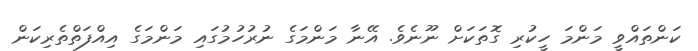
ކަންތައްވީ މަންމަ ހީކުރި ގޮތަކަށް ނޫނެވެ. އޭނާ މަންމަގެ ނުރުހުމުގައި މަންމަގެ އިއްފަތްތެރިކަން